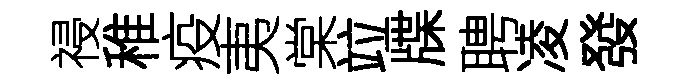
祲稚疫夷棠竝牒聘凌發